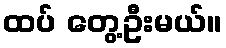
ထပ် တွေ့ဦးမယ်။